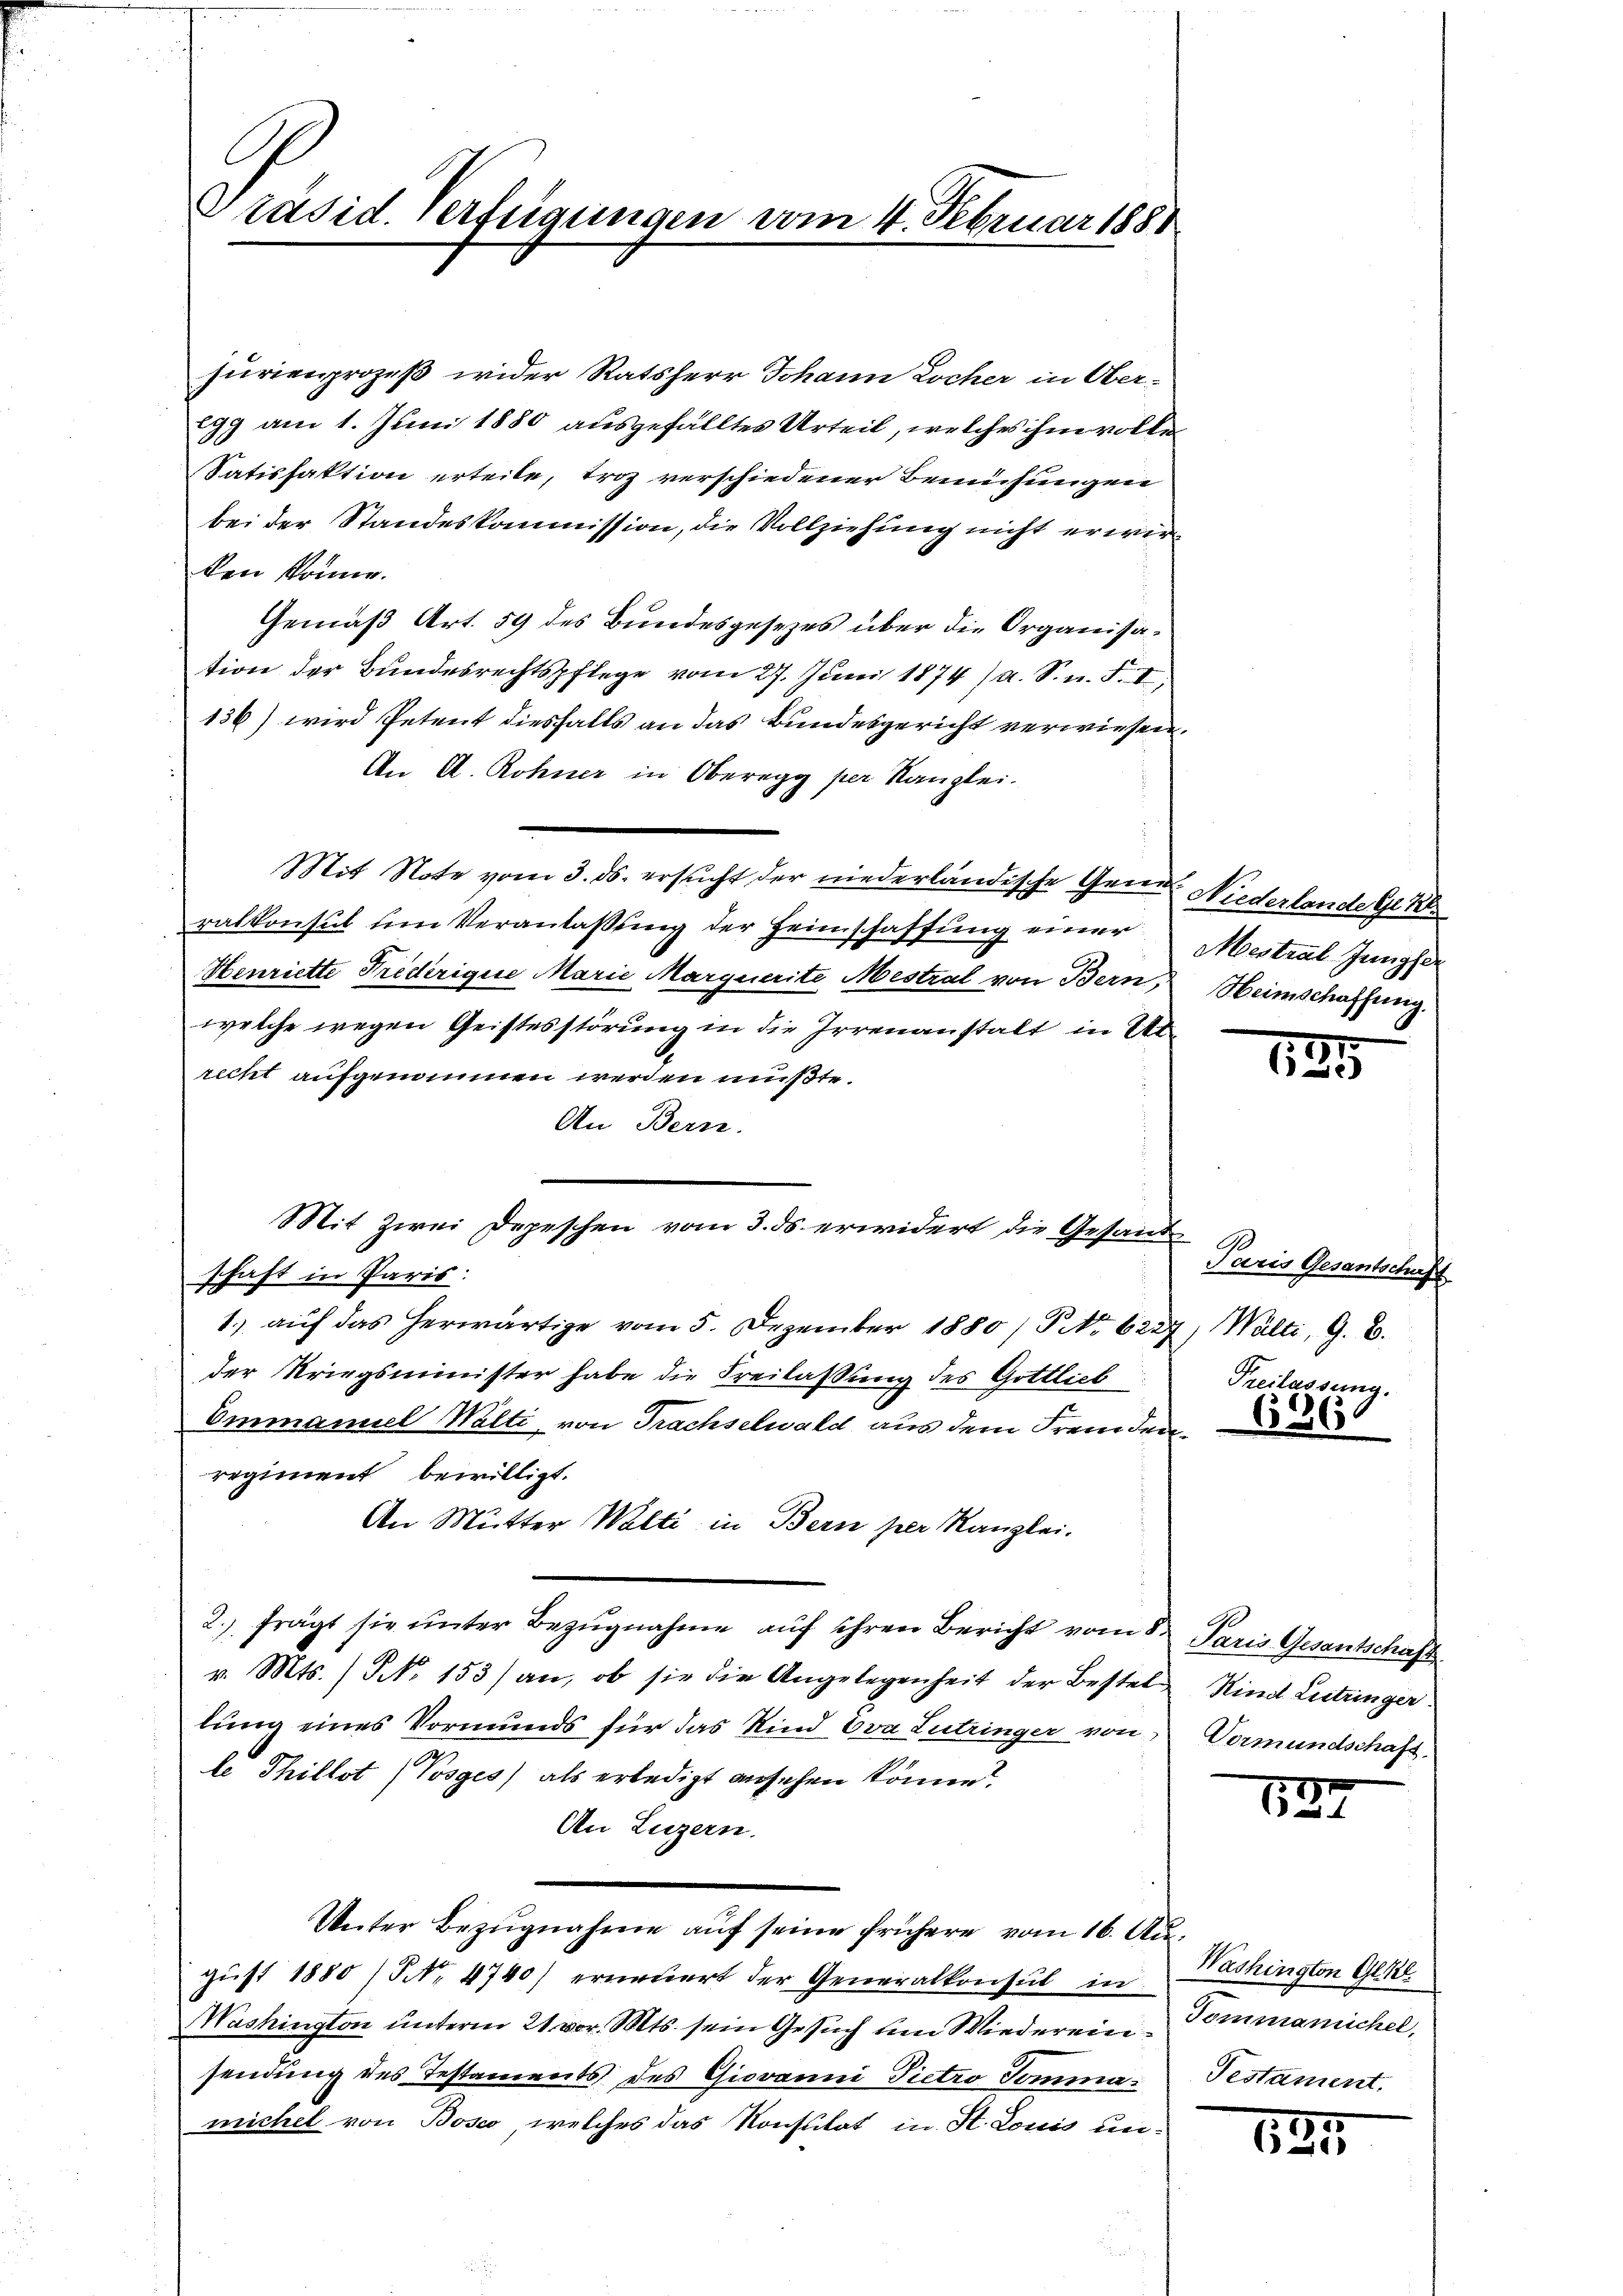
Präsid. Verfügungen vom 4. Februar 1881

surienprozeß wider Ratsherr Johann Locher in Ober¬
299 am 1. Juni 1880 ausgefälltes Urteil, welches ihm volle¬
Satisfaktion erteile, troz verschiedener Bemühungen
bei der Standeskommission, die Vollziehung nicht erwirken könne.
Gemäß Art. 59 des Bundesgesezes über die Organisation der Bundesrechtspflege vom 27. Juni 1874 / a. S. n. F. II,
136) wird Petent diesfalls an das Bundesgericht verwiesen.
An A. Rohner in Oberegg per Kanzlei.
Mit Note vom 3. ds. ersucht der niederländische Gener Niederlande Gekl
ralkonsul in Veranlassŭng der Heimschaffung einer Mestral Jüngst¬
Henriette Predirigie Marie Marquerite Mestral von Bern, Heimschaffung.
welche wegen Geistesstörung in die Irrenanstalt in Urrecht aufgenommen werden müßte.
An Bern.
schaft in Paris:
1. aŭf das herwärtige vom 5. Dezember 1880 / No. 6227, Walti, G. B.
der Kriegsminister habe die Freilassung des Gottlich
Emmanuel Wälti, von Trachselwald aus dem Fremdenregiment bewilligt.
An Mutter Walti in Bern per Kanzlei.
2. frägt sie ŭnter Bezŭgnahme aŭf ihren Bericht vom 5. Paris Gesantschaft
v. Mts. No 153) an, ob sie die Angelegenheit der Bestel Kind Lutringer
lung eines Vormunds für das Kind Eva Lutringer von
le Thillst (Vosges) als erledigt ansehen könne?
An Luzern.
Unter Bezugnahme auf seine frühere vom 16. August 1880 / NNo. 4740) erneuert der Generalkonsul in Nashington Gl
Washington unterm 21. vor. Mts. sein Gesuch um Wiederein Pommannichel,
sendung des Testaments des Giovanni Pietro Tommaweichel von Bosco, welches das Konsulat in St. Louis un¬

Mit Zwei Depeschen vom 3. ds. erwidert die Gesand

181

Paris Gesantschaft
Freilassung

636

Vormundschaft.

137

Testament.

105.
1